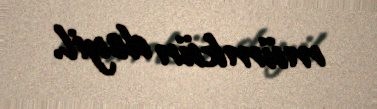
mümkün deyil.